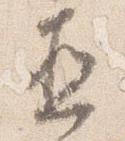
直